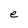
Character: e